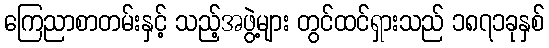
ကြေညာစာတမ်းနှင့် သည့်အဖွဲ့များ တွင်ထင်ရှားသည် ၁၈၇၁ခုနှစ်